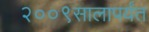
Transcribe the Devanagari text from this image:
२००९सालापर्यंत